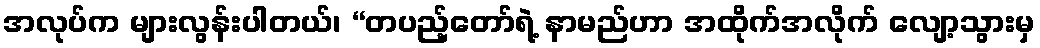
အလုပ်က များလွန်းပါတယ်၊ “တပည့်တော်ရဲ့ နာမည်ဟာ အထိုက်အလိုက် လျော့သွားမှ